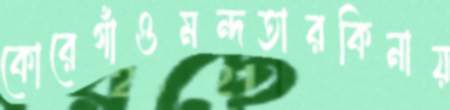
কোরেগাঁওমন্দতারকিনায়